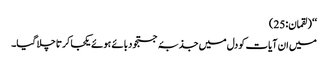
‘‘ (لقمان:25)
میں ان آیات کو دل میں جذبۂ جستجو دبائے ہوئے یکجا کرتا چلا گیا۔